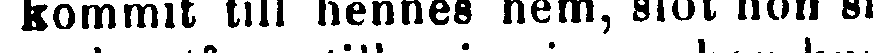
kommit till hennes hem, slot hon si